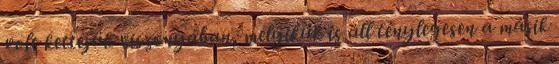
volt kettejük viszonyában, melyikük is áll ténylegesen a másik